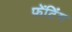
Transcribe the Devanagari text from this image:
फेंटिंग